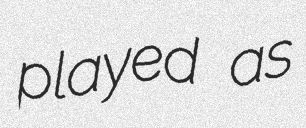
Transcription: played as